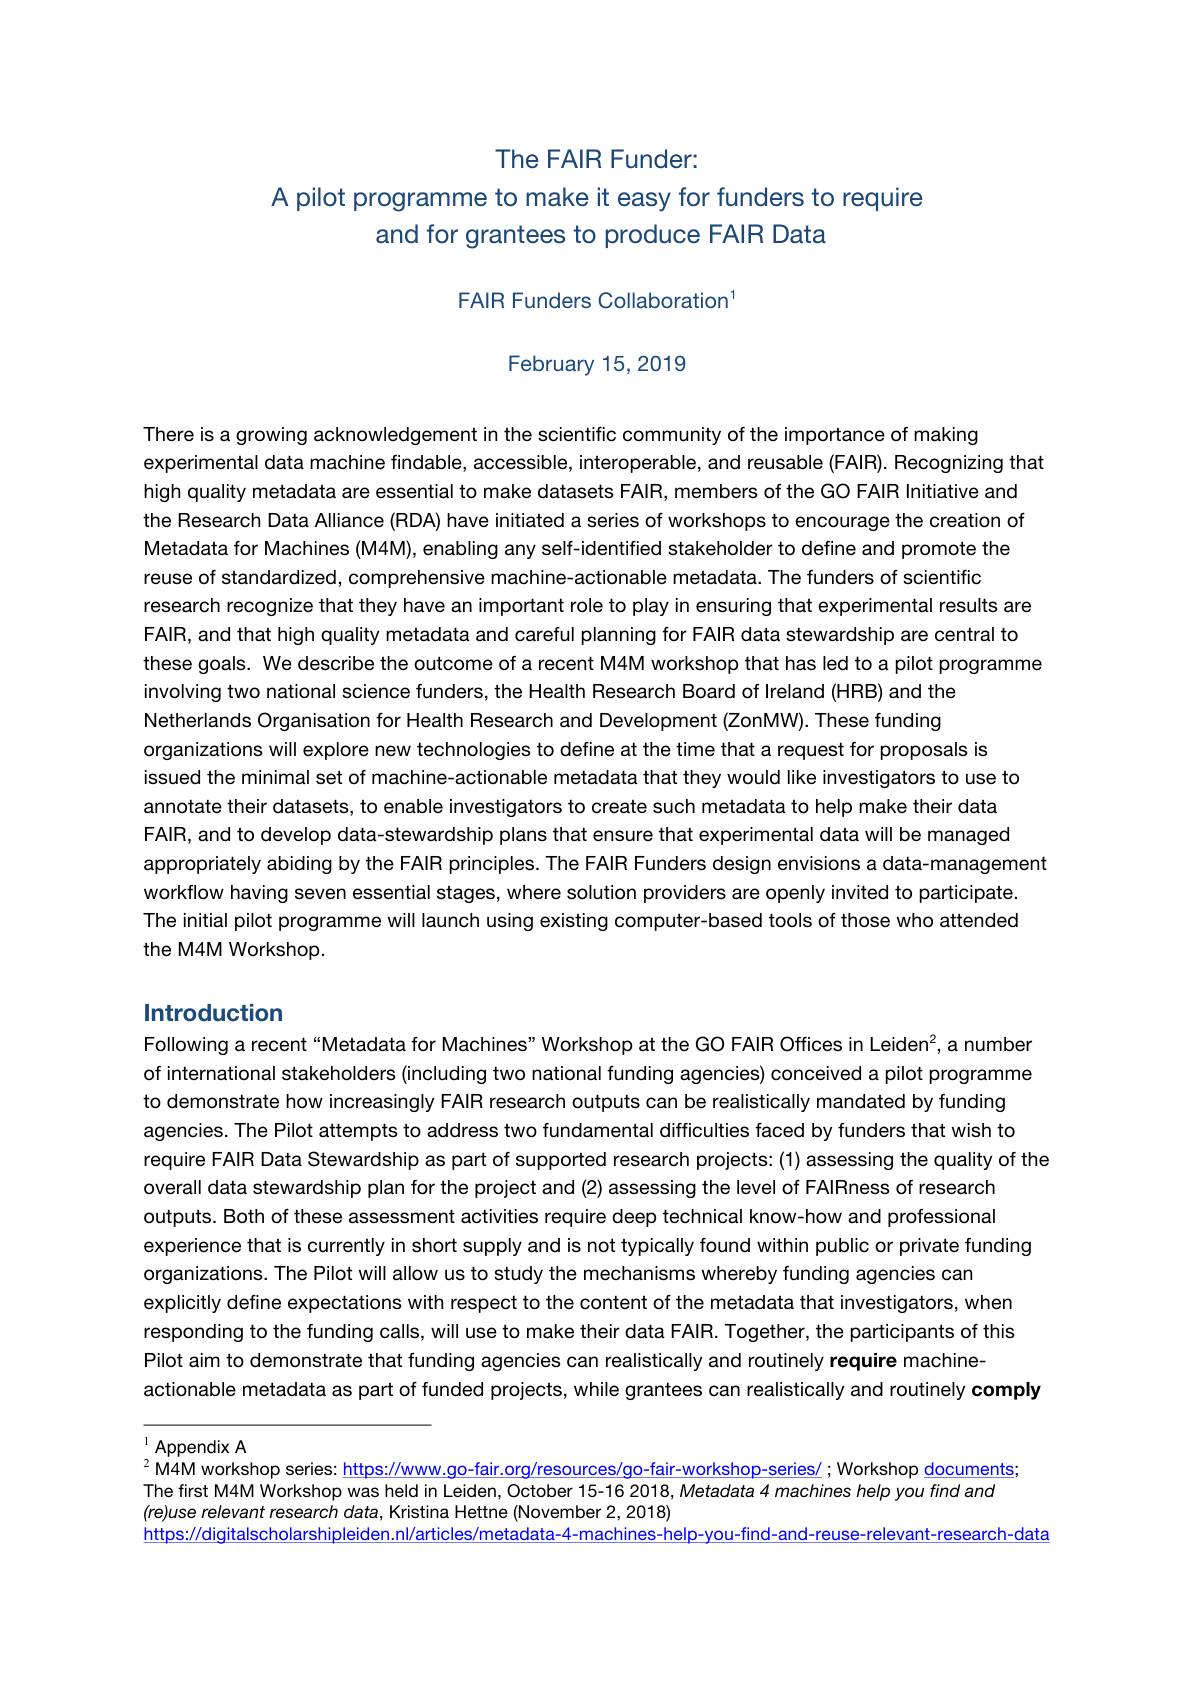
## The FAIR Funder:
A pilot programme to make it easy for funders to require
and for grantees to produce FAIR Data

FAIR Funders Collaboration

February 15, 2019

There is a growing acknowledgement in the scientific community of the importance of making
experimental data machine findable, accessible, interoperable, and reusable (FAIR). Recognizing that
high quality metadata are essential to make datasets FAIR, members of the GO FAIR Initiative and the Research Data Alliance (RDA) have initiated a series of workshops to encourage the creation of Metadata for Machines (M4M), enabling any self-identified stakeholder to define and promote the reuse of standardized, comprehensive machine-actionable metadata. The funders of scientific
research recognize that they have an important role to play in ensuring that experimental results are FAIR, and that high quality metadata and careful planning for FAIR data stewardship are central to these goals. We describe the outcome of a recent M4M workshop that has led to a pilot programme
involving two national science funders, the Health Research Board of Ireland (HRB) and the Netherlands Organisation for Health Research and Development (ZonMW). These funding organizations will explore new technologies to define at the time that a request for proposals is
issued the minimal set of machine-actionable metadata that they would like investigators to use to annotate their datasets, to enable investigators to create such metadata to help make their data FAIR, and to develop data-stewardship plans that ensure that experimental data will be managed appropriately abiding by the FAIR principles. The FAIR Funders design envisions a data-management
workflow having seven essential stages, where solution providers are openly invited to participate The initial pilot programme will launch using existing computer-based tools of those who attended the M4M Workshop.

## Introduction

Following a recent“Metadata for Machines” Workshop at the GO FAIR Offices in Leiden?, a number of international stakeholders (including two national funding agencies) conceived a pilot programme to demonstrate how increasingly FAIR research outputs can be realistically mandated by funding agencies. The Pilot attempts to address two fundamental difficulties faced by funders that wish to require FAIR Data Stewardship as part of supported research projects: (1) assessing the quality of the
overall data stewardship plan for the project and (2) assessing the level of FAIRness of research outputs. Both of these assessment activities require deep technical know-how and professional experience that is currently in short supply and is not typically found within public or private funding
organizations. The Pilot will allow us to study the mechanisms whereby funding agencies can
explicitly define expectations with respect to the content of the metadata that investigators, when responding to the funding calls, will use to make their data FAIR. Together, the participants of this Pilot aim to demonstrate that funding agencies can realistically and routinely require machine-
actionable metadata as part of funded projects, while grantees can realistically and routinely comply

$^{1}$Appendix A
$^{2}$M4M workshop series: https://www.go-fair.org/resources/go-fair-workshop-series/ ; Workshop documents;

The first M4M Workshop was held in Leiden, October 15-16 2018, Metadata 4 machines help you find and
(re)use relevant research data, Kristina Hettne (November 2, 2018)
https://digitalscholarshipleiden.nl/articles/metadata-4-machines-help-you-find-and-reuse-relevant-research-data